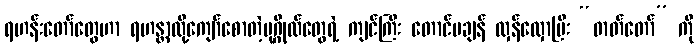
ရဟန်းတော်တွေဟာ ရဟန္တာလို့ကျော်စောတဲ့ပုဂ္ဂိုလ်တွေရဲ့ ကျင်ကြီး တောင်မချန် လှန်လှောပြီး “ဓာတ်တော်” ကို